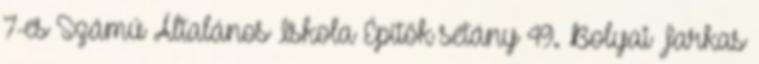
7-es Számú Általános Iskola Építők sétány 49. Bolyai Farkas